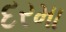
દરમા